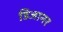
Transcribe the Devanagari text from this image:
डिजानर